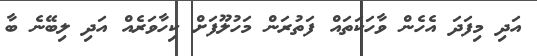
އަދި މިފަދަ އެހެން ވާހަކަތައް ފަތުރަން މަހުލޫފަށް ކިހާވަރެއް އަދި ލިބޭނެ ބާ